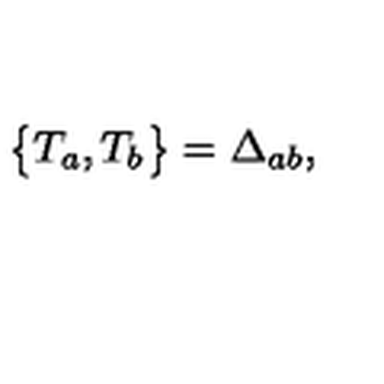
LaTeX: \bigl \{ T _ { a } , T _ { b } \bigr \} = \Delta _ { a b } ,